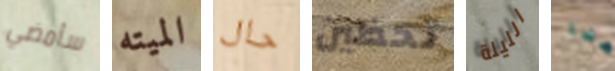
سأمضي الميته حال تحظين الليلة هذا